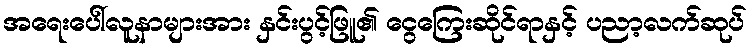
အရေးပေါ်လူနာများအား နှင်းပွင့်ဖြူ၏ ငွေကြေးဆိုင်ရာနှင့် ပညာ့လက်ဆုပ်